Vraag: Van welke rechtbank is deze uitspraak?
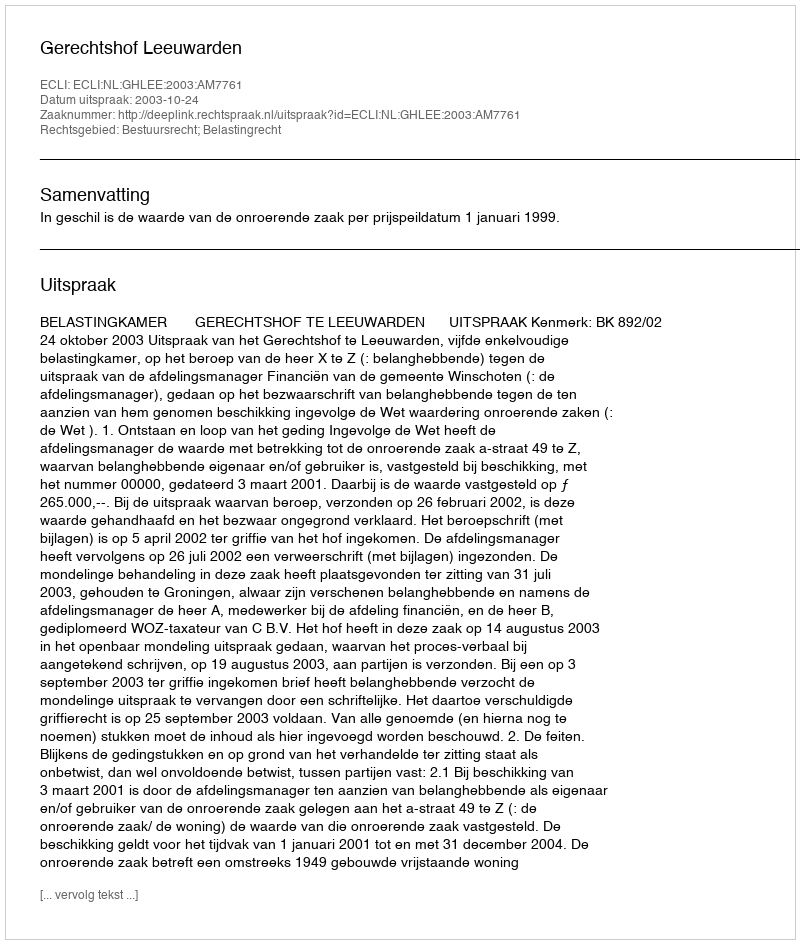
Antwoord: Gerechtshof Leeuwarden